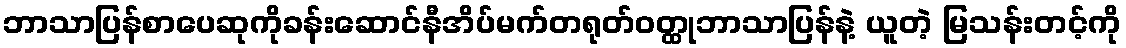
ဘာသာပြန်စာပေဆုကိုခန်းဆောင်နီအိပ်မက်တရုတ်ဝတ္ထုဘာသာပြန်နဲ့ ယူတဲ့ မြသန်းတင့်ကို